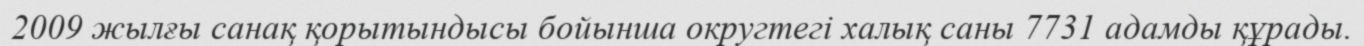
2009 жылғы санақ қорытындысы бойынша округтегі халық саны 7731 адамды құрады.